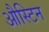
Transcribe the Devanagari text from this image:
औस्टिन